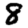
Digit: 8